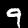
Digit: 9